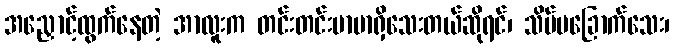
အညှောင့်ထွက်နေတဲ့ အာလူးက တင်းတင်းမာမာရှိသေးတယ်ဆိုရင်၊ သိပ်မခြောက်သေး၊